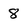
Character: 8